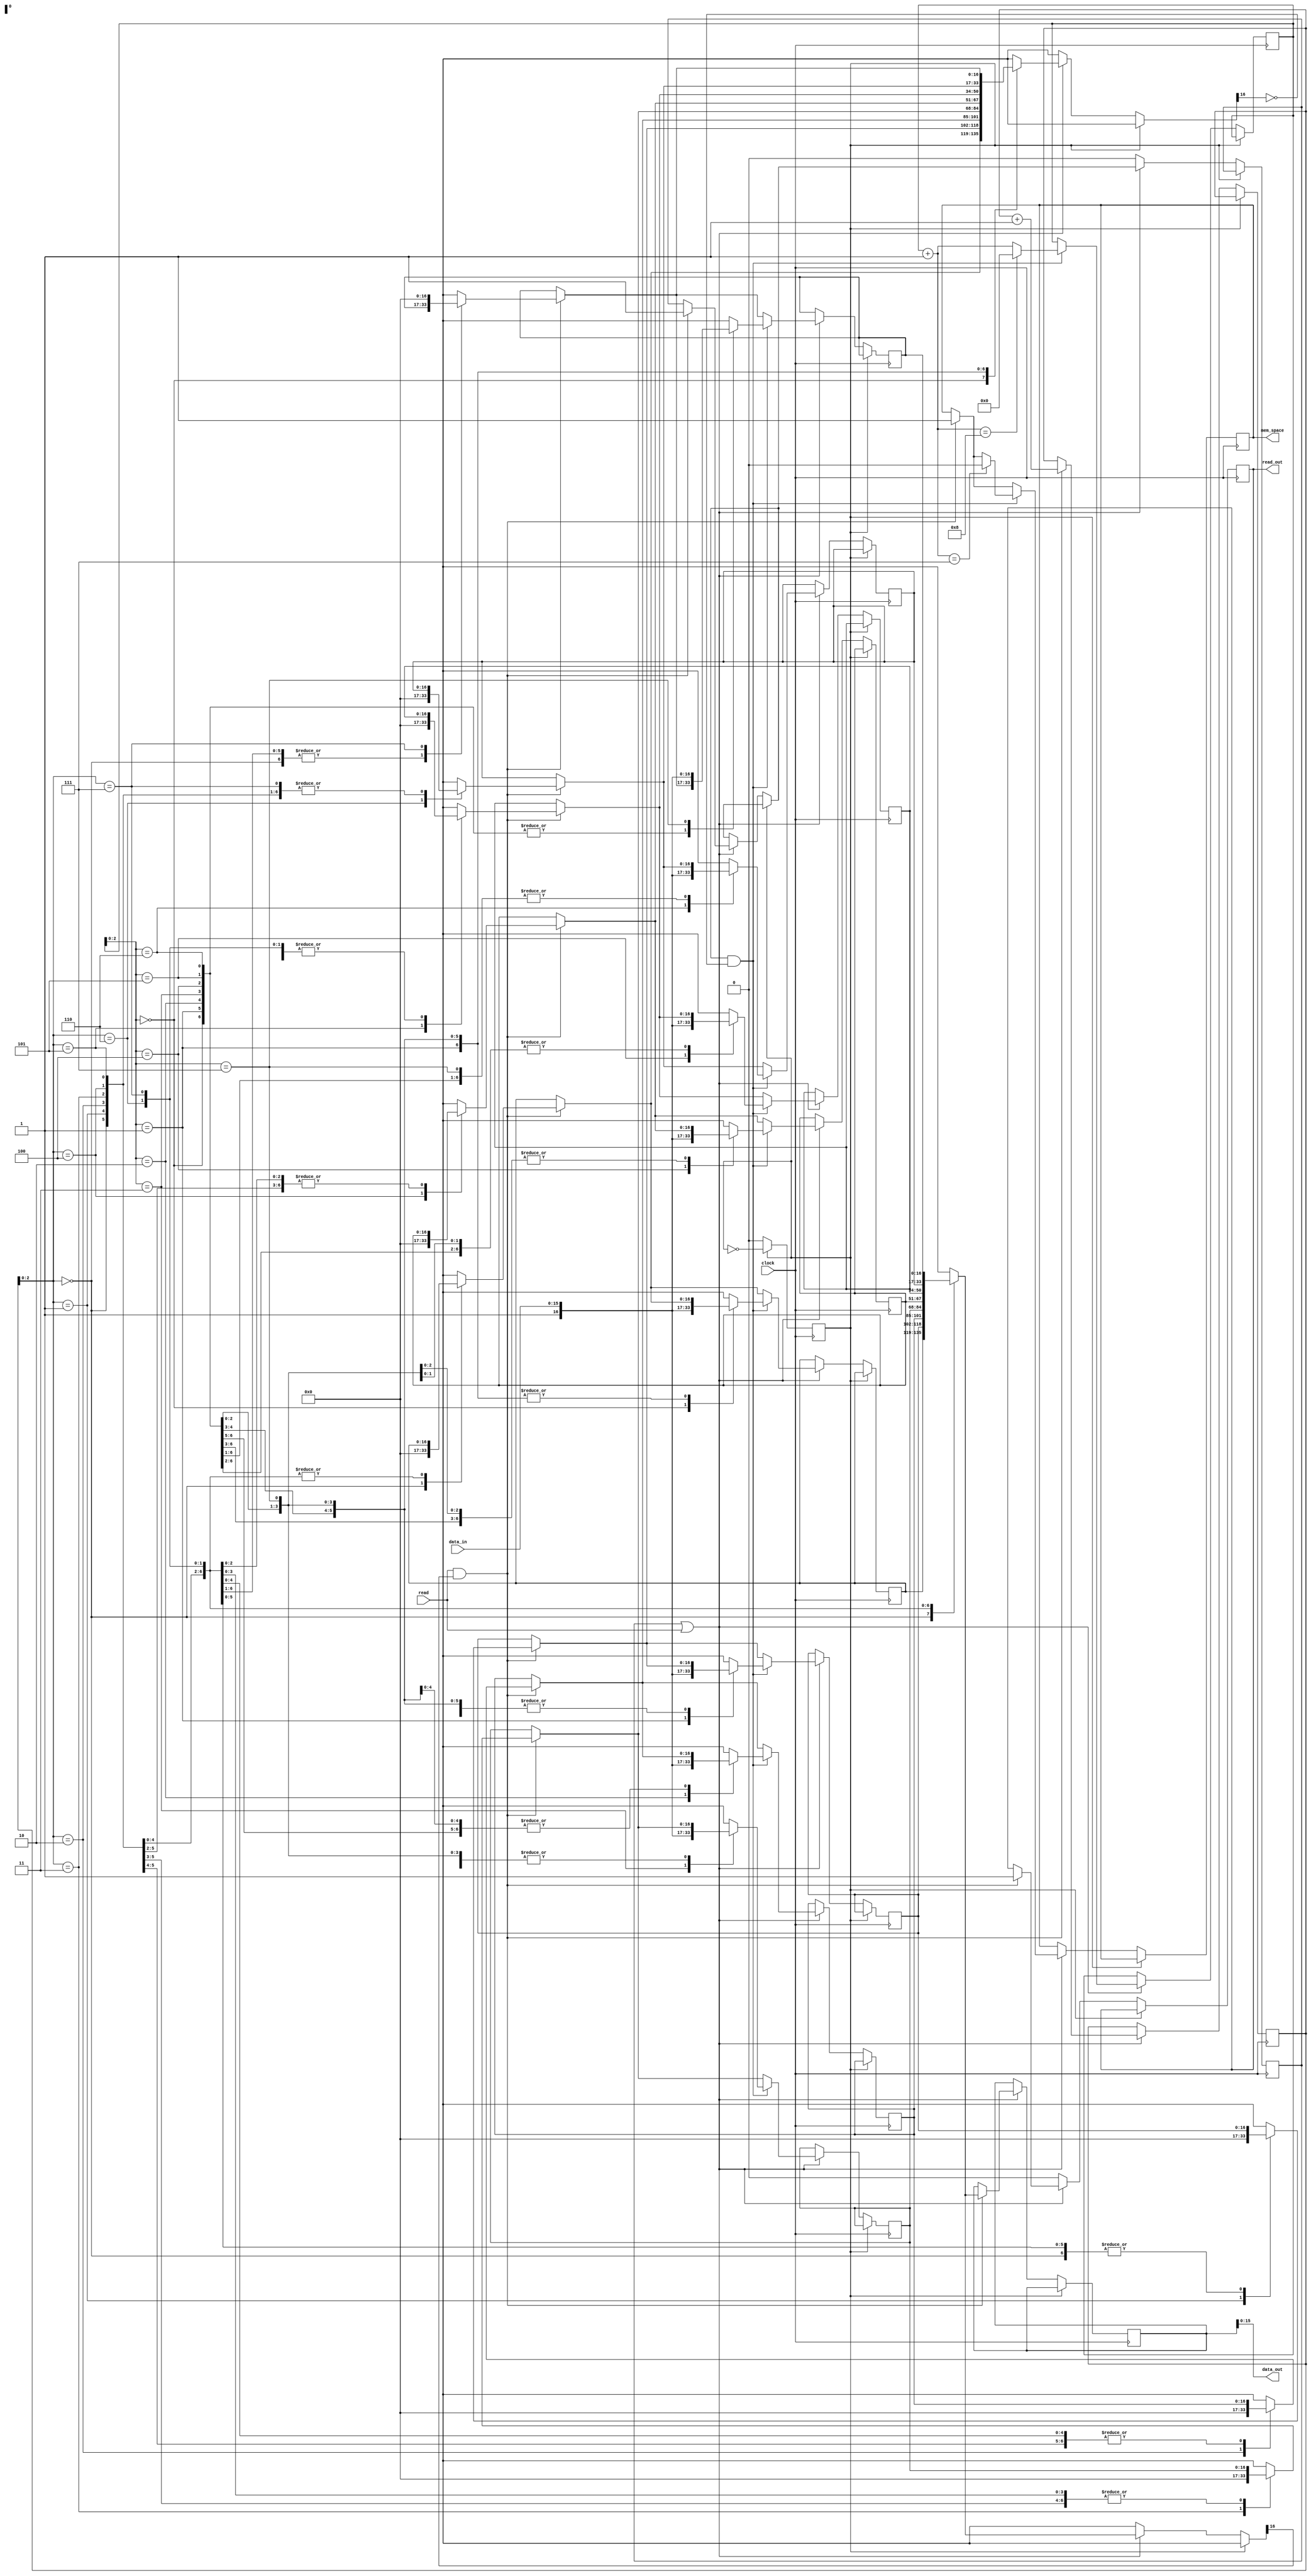




module heap(clock, data_in, read, data_out, read_out, mem_space);


input clock;
input [15:0] data_in;
input read;

output [15:0] data_out;
output reg read_out;
output reg mem_space;

reg [16:0] mem_heap [0:7];
reg [3:0] pointer_store;
reg [3:0] pointer_read;
reg [3:0] pointer_default;
reg [16:0] data_cache;
reg store;
integer i;
reg init;

initial begin
	mem_space = 1;
	pointer_read = 0;
	pointer_store = 0;
	pointer_default = 0;
	read_out = 0;
	init = 1;
	store = 1;
	for (i = 0; i<8; i = i + 1) begin
		mem_heap[i] = 0;
	end
	
end

// [stored] [data]
// [  1   ] [ 16 ]

always @(posedge clock) begin
		
		// Init ajusta a saida de dados da rom com a entrada na heap
		if(init) begin
		init =  !init;
		end
		else if(!init) begin
			
			if(store || read) begin
				
				// Le o dado de uma linha valida
				if(read && mem_heap[pointer_read][16]) begin
					data_cache = mem_heap[pointer_read];
					mem_heap[pointer_read] = 0;
					pointer_read = pointer_read + 1;
					read_out = 1;
					store = 1;
					mem_space = 1;
				end
				
				// grava dado em uma linha invalida
				if(store && !mem_heap[pointer_store][16]) begin
					mem_heap[pointer_store] = {16'b1,data_in};
					pointer_store = pointer_store + 1;
					
					if(pointer_store == 7) // Impede que a ROM forneca mais instrucoes
						mem_space = 0;
					if(pointer_store == 8) // Retorna para o inicio da fila
						pointer_store = 0;
				end
			end
			else begin
				read_out = 0;
				store  = 0;
			end
		end
		
end

assign data_out = data_cache[15:0];

endmodule